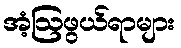
အံ့ဩဖွယ်ရာများ